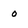
Character: o